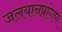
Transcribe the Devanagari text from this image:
जलयानप्रांगण